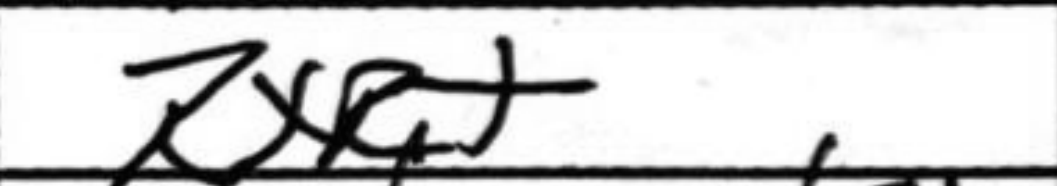
Transcription: RxR+